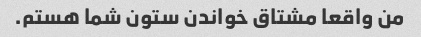
من واقعا مشتاق خواندن ستون شما هستم.